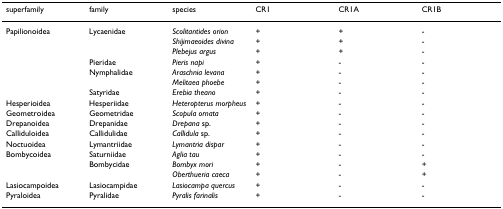
| superfamily | family | species | CR1 | CR1A | CR1B |
 | --- | --- | --- | --- | --- | --- |
 | Papilionoidea | Lycaenidae | Scolitantides orion | + | + | - |
 |  |  | Shijimaeoides divina | + | + | - |
 |  |  | Plebejus argus | + | + | - |
 |  | Pieridae | Pieris napi | + | - | - |
 |  | Nymphalidae | Araschnia levana | + | - | - |
 |  |  | Melitaea phoebe | + | - | - |
 |  | Satyridae | Erebia theano | + | - | - |
 | Hesperioidea | Hesperiidae | Heteropterus morpheus | + | - | - |
 | Geometroidea | Geometridae | Scopula ornata | + | - | - |
 | Drepanoidea | Drepanidae | Drepana sp. | + | - | - |
 | Calliduloidea | Callidulidae | Callidula sp. | + | - | - |
 | Noctuoidea | Lymantriidae | Lymantria dispar | + | - | - |
 | Bombycoidea | Saturniidae | Aglia tau | + | - | - |
 |  | Bombycidae | Bombyx mori | + | - | + |
 |  |  | Oberthueria caeca | + | - | + |
 | Lasiocampoidea | Lasiocampidae | Lasiocampa quercus | + | - | - |
 | Pyraloidea | Pyralidae | Pyralis farinalis | + | - | - |